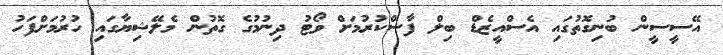
އޭސީސީން ބުނިގޮތުގައި އެސްއީޒެޑް ބިލް ފާސްކުރުމަށް ވޯޓު ދިނުމުގެ ގޮތުން މެލޭޝިޔާގައި ހުރުމަށްފަހު